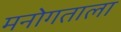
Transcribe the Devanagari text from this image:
मनोगताला